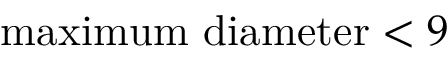
\mathrm { m a x i m u m ~ d i a m e t e r } < 9